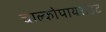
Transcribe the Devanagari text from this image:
चाल्कोपायराइट